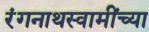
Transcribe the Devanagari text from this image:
रंगनाथस्वामींच्या